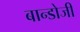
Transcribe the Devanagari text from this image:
बान्डोजी